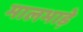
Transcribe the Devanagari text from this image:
मालभाड़े